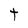
Character: t